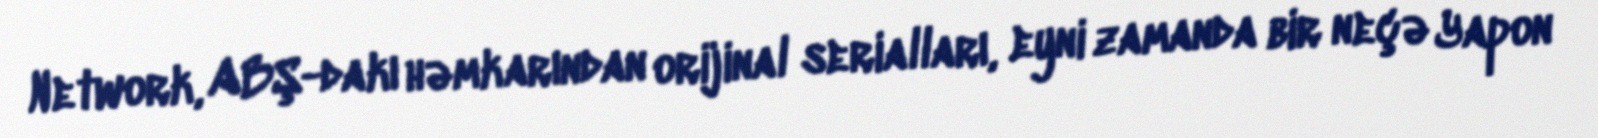
Network, ABŞ-dakı həmkarından orijinal serialları, eyni zamanda bir neçə Yapon